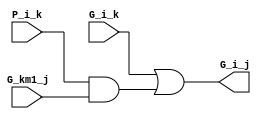
module GrayBlock ( G_i_k,P_i_k,G_km1_j,G_i_j );
input G_i_k;
input P_i_k;
input G_km1_j;
output G_i_j;
assign G_i_j = G_i_k | ( P_i_k & G_km1_j ) ;
endmodule